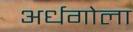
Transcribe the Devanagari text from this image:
अर्धगोला